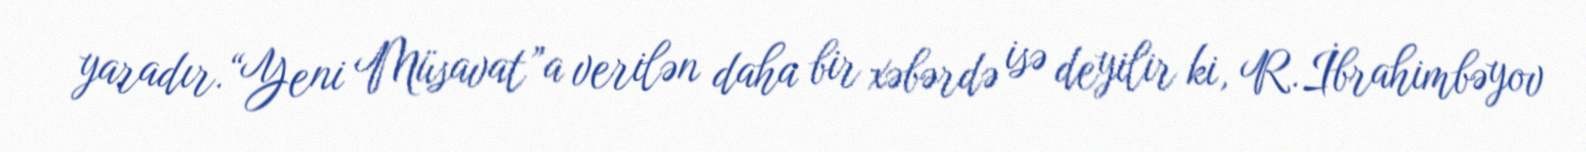
yaradır.“Yeni Müsavat”a verilən daha bir xəbərdə isə deyilir ki, R.İbrahimbəyov